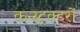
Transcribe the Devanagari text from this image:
कन्स्ट्रक्टरों